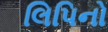
લિપિનો